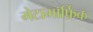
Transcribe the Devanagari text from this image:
मेटामार्फ़िक